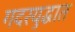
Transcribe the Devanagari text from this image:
गदरयुद्धात